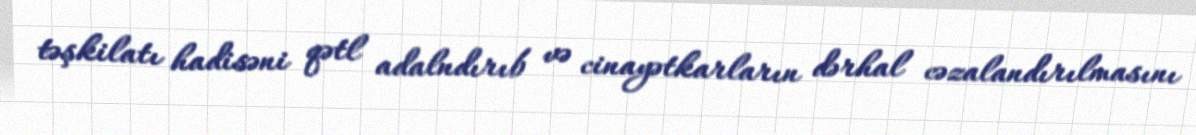
təşkilatı hadisəni qətl adalndırıb və cinayətkarların dərhal cəzalandırılmasını